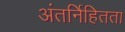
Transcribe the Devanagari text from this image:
अंतर्निहितता